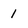
Character: 1